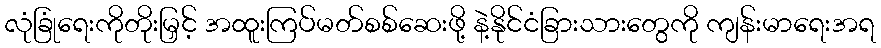
လုံခြုံရေးကိုတိုးမြှင့် အထူးကြပ်မတ်စစ်ဆေးဖို့ နဲ့နိုင်ငံခြားသားတွေကို ကျန်းမာရေးအရ